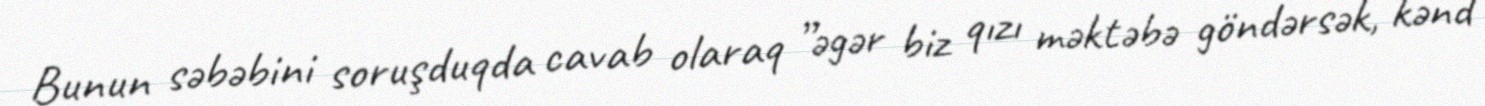
Bunun səbəbini soruşduqda cavab olaraq ”əgər biz qızı məktəbə göndərsək, kənd